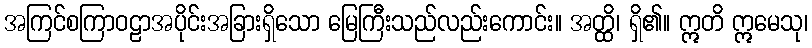
အကြင်စကြာဝဠာအပိုင်းအခြားရှိသော မြေကြီးသည်လည်းကောင်း။ အတ္ထိ၊ ရှိ၏။ ဣတိ ဣမေသု၊